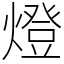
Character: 燈